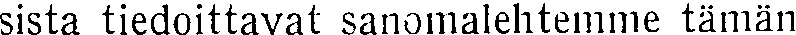
sista tiedoittavat sanomalehtemme tämän